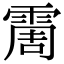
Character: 霌